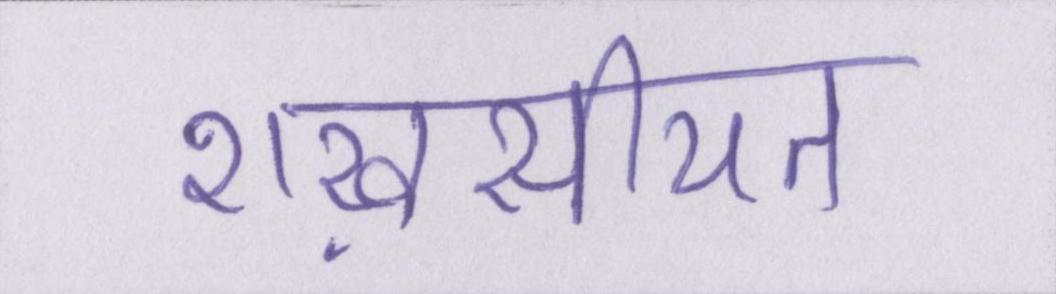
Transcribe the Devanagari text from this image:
शख़सीयत